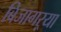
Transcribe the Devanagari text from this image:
बिजागऱ्या